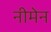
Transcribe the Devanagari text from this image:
नीमेन